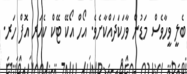
ބެލީ ވީހާވެސް މަޑުން ވާހަކަދައްކާށެވެ. އޯހް އޯކޭ ޓޭކް ކެއަރ އޮފް ހަރ.